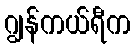
ဂျွန်ကယ်ရီက